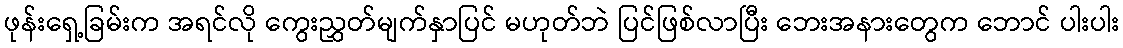
ဖုန်းရှေ့ခြမ်းက အရင်လို ကွေးညွှတ်မျက်နှာပြင် မဟုတ်ဘဲ ပြင်ဖြစ်လာပြီး ဘေးအနားတွေက ဘောင် ပါးပါး